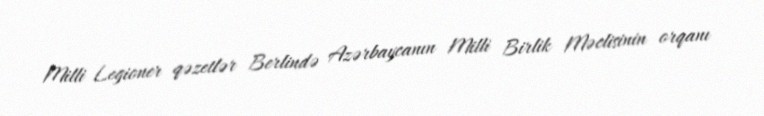
Milli Legioner qəzetlər Berlində Azərbaycanın Milli Birlik Məclisinin orqanı